Vaccine operations Central Provinces 1900-1911 - 1900-1911
Year: 1900
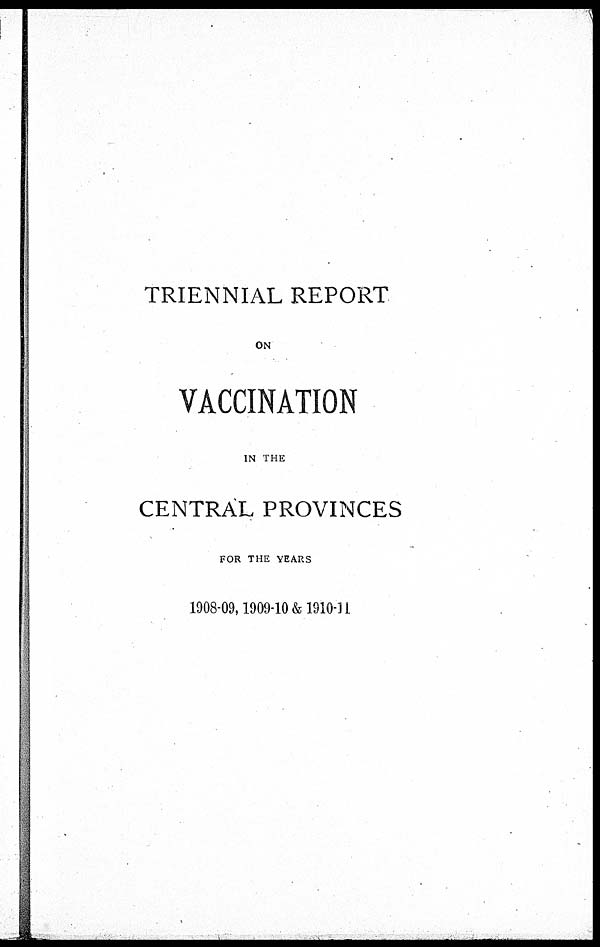
TRIENNIAL REPORT
ON
VACCINATION
IN THE
CENTRAL PROVINCES
FOR THE YEARS
1908-09, 1909-10 & 1910-11